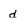
Character: d